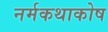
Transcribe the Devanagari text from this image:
नर्मकथाकोष